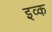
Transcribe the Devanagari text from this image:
इव्क